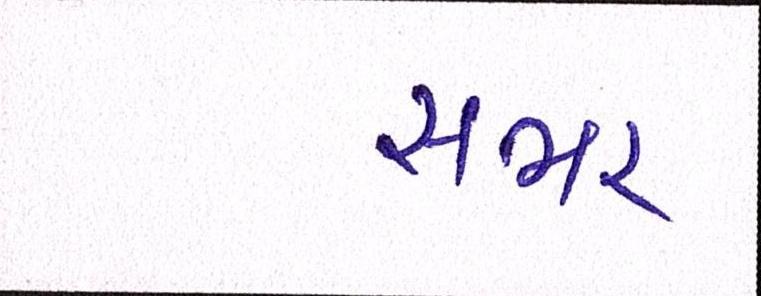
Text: સભર